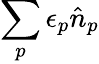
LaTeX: \sum_{p}\epsilon_{p}\hat{n}_{p}